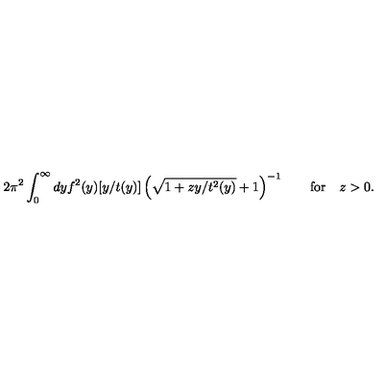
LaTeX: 2 \pi ^ { 2 } \int _ { 0 } ^ { \infty } d y f ^ { 2 } ( y ) [ y / t ( y ) ] \left( \sqrt { 1 + z y / t ^ { 2 } ( y ) } + 1 \right) ^ { - 1 } \qquad \mathrm { f o r } \quad z > 0 .